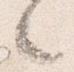
之